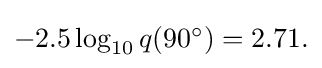
{\textstyle -2.5\log _{10}{q(90^{\circ })}=2.71.}